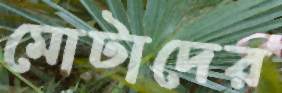
মোটাদের